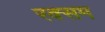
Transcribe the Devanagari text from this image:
रक्सम